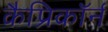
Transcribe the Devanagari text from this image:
कैप्रिकॉर्न